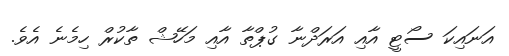
އަނައިކަ ސޯޓީ އާއި އަރަދްނާ ގުޕްތާ އާއި މަހޭޝް ތާކުރް ހިމެނެ އެވެ.